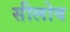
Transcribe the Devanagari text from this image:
सीलोव